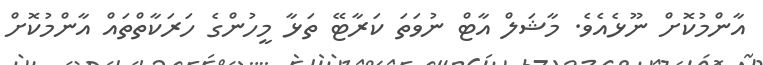
އާންމުކޮށް ނޫޅެއެވެ. މާޝަލް އާޓް ނުވަތަ ކަރާޓޭ ތަޅާ މީހުންގެ ހަރަކާތްތައް އާންމުކޮށް